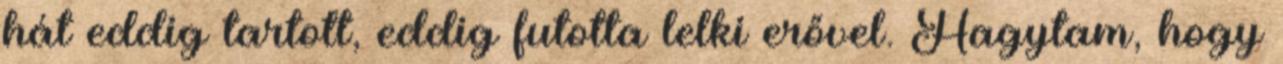
hát eddig tartott, eddig futotta lelki erővel. Hagytam, hogy